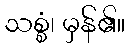
သစ္စံ၊ မှန်၏။